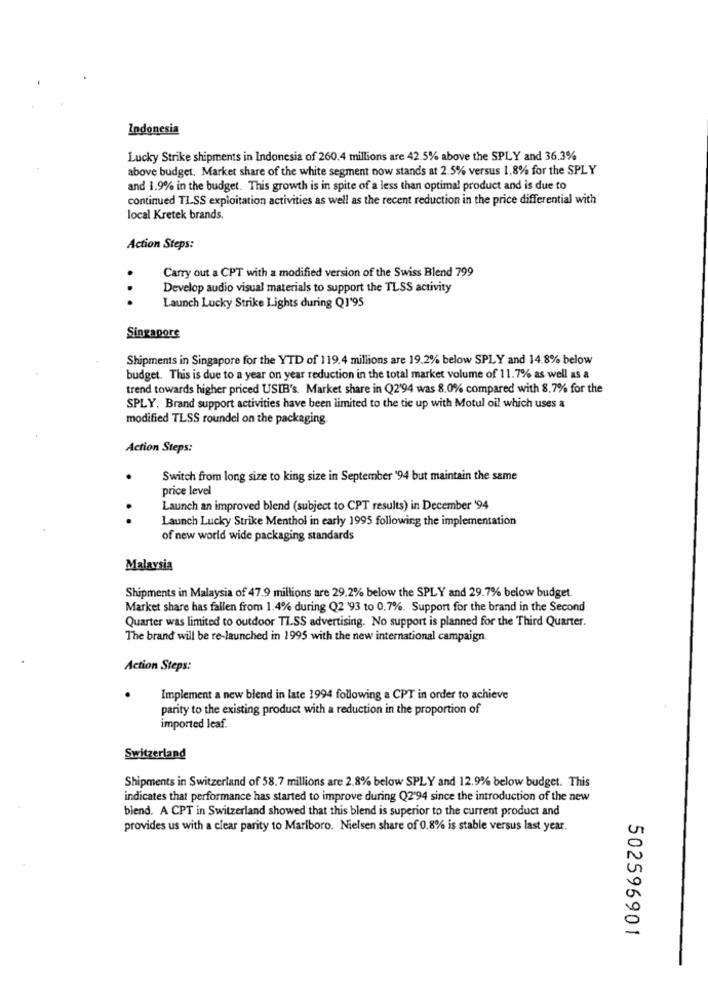
Indonesia
Lucky Strike shipments in Indonesia of 260.4 millions are 42.5% above the SPLY and 36.3%
above budget, Market share of the white segment now stands at 2.5% versus 1.8% for the SPLY
and 1.9% in the budget. This growth is in spite of a less than optimal product and is due to
continued TLSS exploitation activities as well as the recent reduction in the price differential with
local Kretek brands.
Action Steps:
Carry out a CPT with a modified version of the Swiss Blend 799
Develop audio visual materials to support the TLSS activity
Launch Lucky Strike Lights during Q1'95
Singapore
Shipments in Singapore for the YTD of 119.4 millions are 19.2% below SPLY and 14.8% below
budget. This is due to a year on year reduction in the total market volume of 11.7% as well as a
trend towards higher priced USIB's. Market share in Q2'94 was 8.0% compared with 8.7% for the
SPLY. Brand support activities have been limited to the tie up with Motul oil which uses a
modified TLSS roundel on the packaging.
Action Steps:
Switch from long size to king size in September '94 but maintain the same
price level
Launch an improved blend (subject to CPT results) in December '94
..
Launch Lucky Strike Menthol in early 1995 following the implementation
of new world wide packaging standards
Malaysia
Shipments in Malaysia of 47.9 millions are 29.2% below the SPLY and 29.7% below budget.
Market share has fallen from 1.4% during Q2 '93 to 0.7%. Support for the brand in the Second
Quarter was limited to outdoor TLSS advertising. No support is planned for the Third Quarter.
The brand will be re-launched in 1995 with the new international campaign.
Action Steps:
Implement a new blend in late 1994 following a CPT in order to achieve
parity to the existing product with a reduction in the proportion of
imported leaf.
Switzerland
Shipments in Switzerland of 58.7 millions are 2.8% below SPLY and 12.9% below budget. This
indicates that performance has started to improve during Q2'94 since the introduction of the new
biend. A CPT in Switzerland showed that this blend is superior to the current product and
provides us with a clear parity to Marlboro. Nielsen share of 0.8% is stable versus last year.
502596901